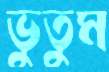
ভুতুম